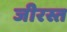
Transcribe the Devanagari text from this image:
जीरस्त